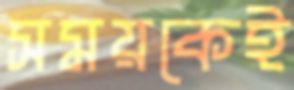
সময়কেই